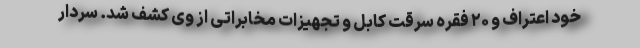
خود اعتراف و ۲۰ فقره سرقت کابل و تجهیزات مخابراتی از وی کشف شد. سردار